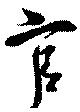
官